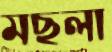
মছলা